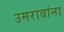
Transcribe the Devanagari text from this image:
उमरावांना